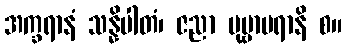
အက္ခရာနံ သန္နိပါတံ၊ ဇညာ ပုဗ္ဗာပရာနိ စ။